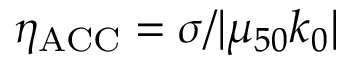
\eta _ { \mathrm { A C C } } = \sigma / | \mu _ { 5 0 } k _ { 0 } |